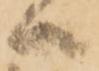
ハ